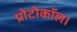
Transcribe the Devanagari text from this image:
प्रोटोकॉल।